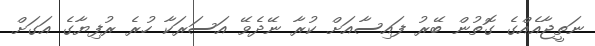
ނަތީޖާއެއްގެ ގޮތުން ބޭރު ފައިސާއަށް ކުރާ ނޭދެވޭ އަސަރަކާ ހުރެ ރުފިޔާގެ އަގަށް